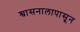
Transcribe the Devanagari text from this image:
श्वासनालापासून